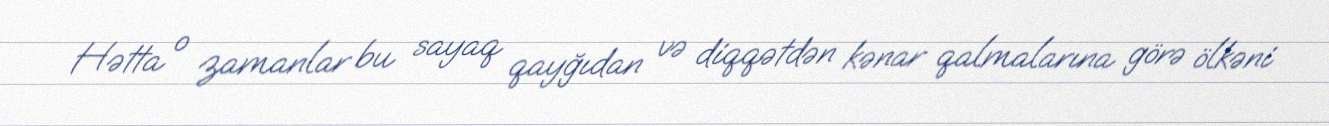
Hətta o zamanlar bu sayaq qayğıdan və diqqətdən kənar qalmalarına görə ölkəni